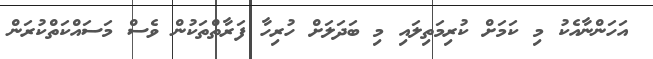
އަހަންނާއެކު މި ކަމަށް ކުރިމަތިލައި މި ބަދަލަށް ހުރިހާ ފަރާތްތަކުން ވެސް މަސައްކަތްކުރަން